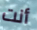
أنت